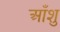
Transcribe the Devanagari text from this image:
आँशु